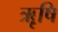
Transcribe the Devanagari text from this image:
ॠृषि